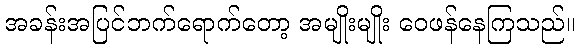
အခန်းအပြင်ဘက်ရောက်တော့ အမျိုးမျိုး ဝေဖန်နေကြသည်။